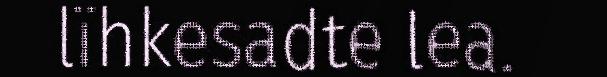
lïhkesadte lea.